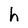
Character: h